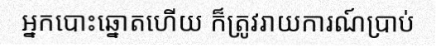
អ្នកបោះឆ្នោតហើយ ក៏ត្រូវរាយការណ៍ប្រាប់